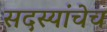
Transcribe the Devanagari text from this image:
सदस्यांचेच